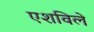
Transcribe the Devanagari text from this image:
एशविले